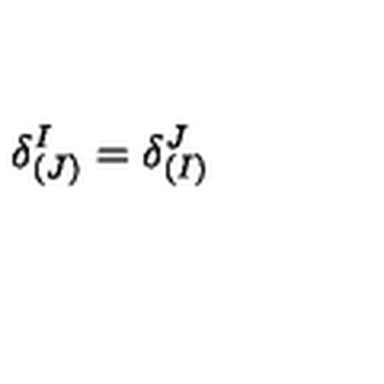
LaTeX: \delta _ { ( J ) } ^ { I } = \delta _ { ( I ) } ^ { J }